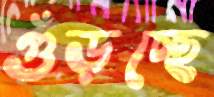
গুঁড়চ্ছে